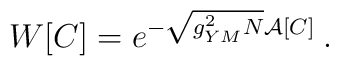
W[C]=e^{-\sqrt{{g^{2}_{YM}N}}\mathcal{A}[C]}\: .